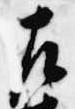
左